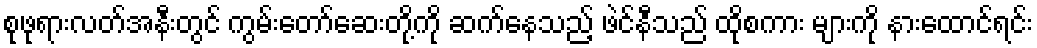
စုဖုရားလတ်အနီးတွင် ကွမ်းတော်ဆေးတို့ကို ဆက်နေသည့် ဖဲင်နီသည် ထိုစကား များကို နားထောင်ရင်း